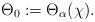
LaTeX: \begin{align*}\Theta_0 := \Theta_{\alpha}(\chi).\end{align*}